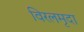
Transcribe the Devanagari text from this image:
विरलमृदा